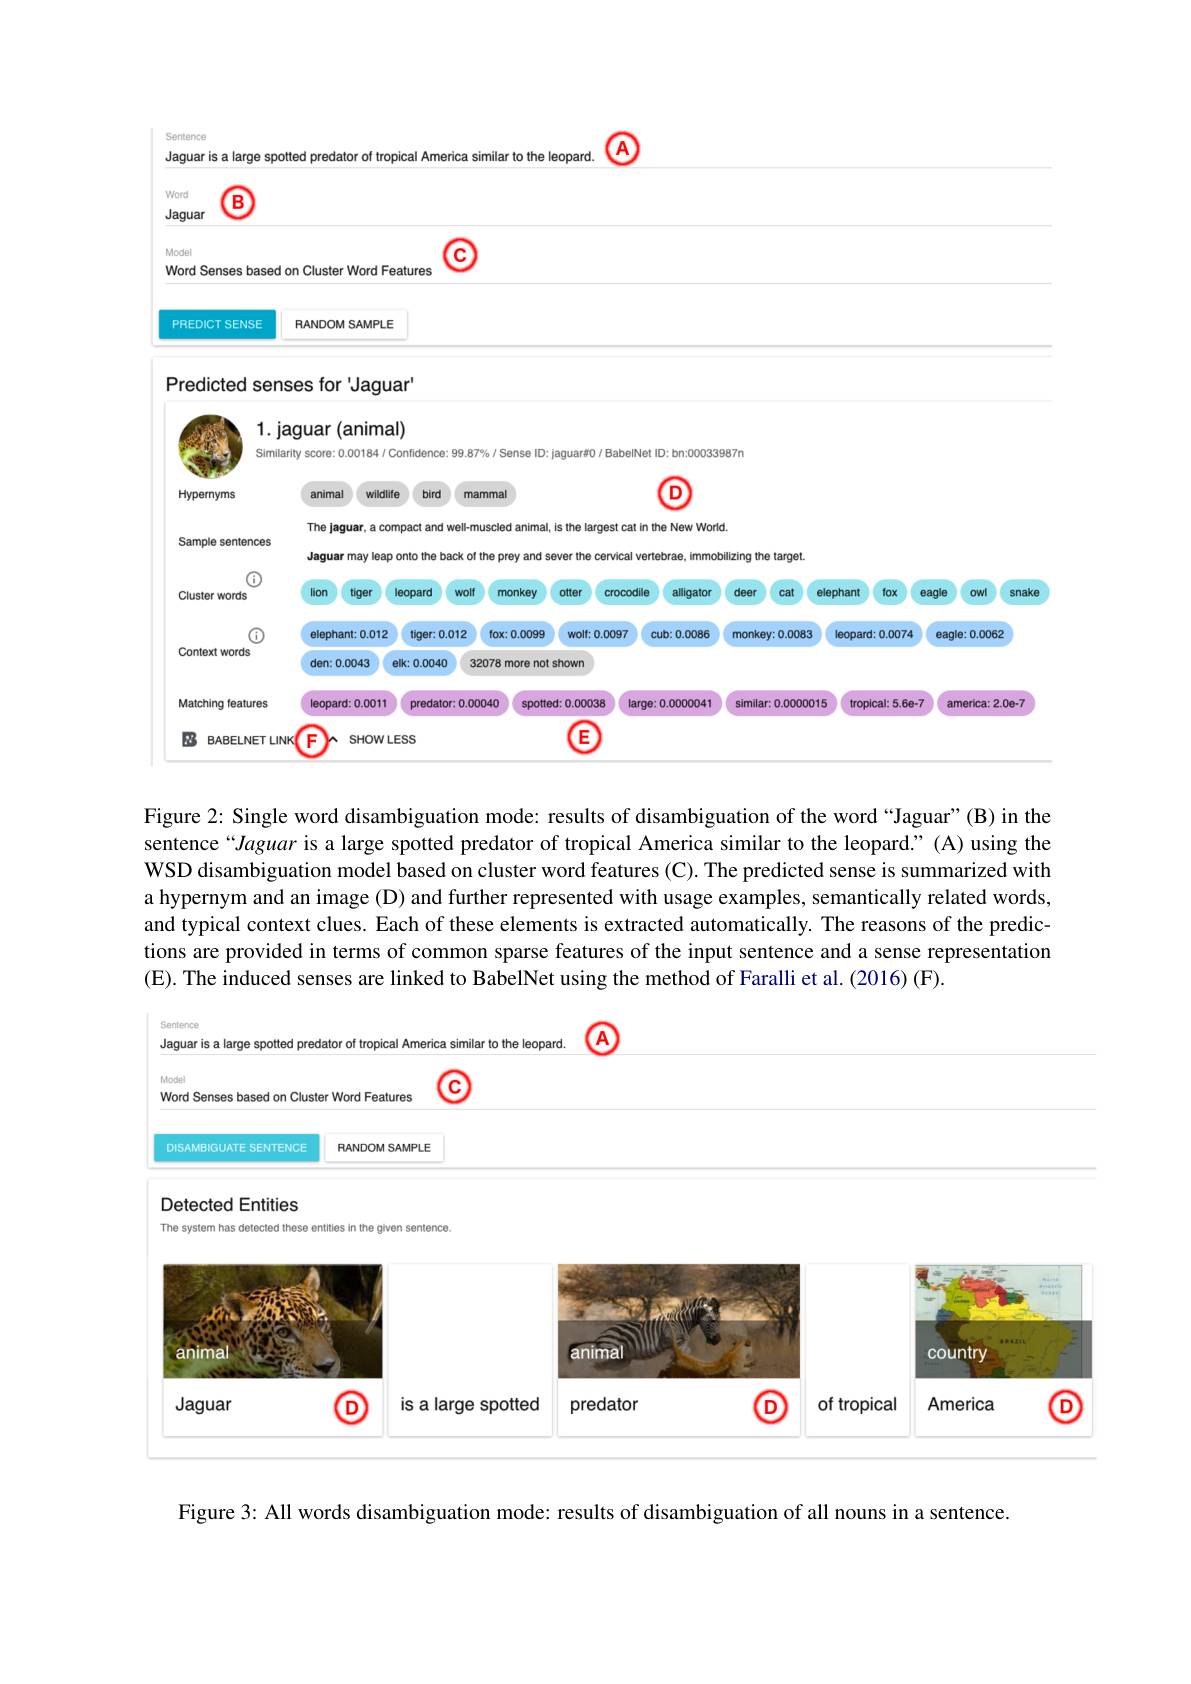
Sentence

large spotted predator of tropical America similar to the leopard. $\textcircled{\mathrm{A}}$

Jaguar

<FigureHere>

VVord

Figure 2: Single word disambiguation mode: results of disambiguation of the word “Jaguar”(B) in the sentence“Jaguar is a large spotted predator of tropical America similar to the leopard.”(A) using the WSD disambiguation model based on cluster word features (C). The predicted sense is summarized with a hypernym and an image (D) and further represented with usage examples, semantically related words, and typical context clues. Each of these elements is extracted automatically. The reasons of the predictions are provided in terms of common sparse features of the input sentence and a sense representation (E). The induced senses are linked to BabelNet using the method of Faralli et al. (2016) (F).

<FigureHere>

Figure 3: All words disambiguation mode: results of disambiguation of all nouns in a sentence.